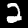
Digit: 2